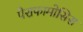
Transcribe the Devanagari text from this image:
पैराफामोसिस